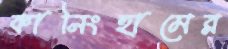
কানিংহামের